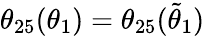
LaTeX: \theta_{25}(\theta_{1})=\theta_{25}(\tilde{\theta}_{1})